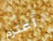
أعتزم